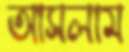
আসলাম